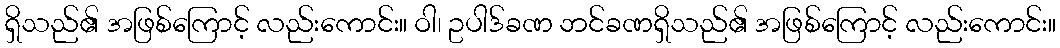
ရှိသည်၏ အဖြစ်ကြောင့် လည်းကောင်း။ ဝါ၊ ဥပါဒ်ခဏ ဘင်ခဏရှိသည်၏ အဖြစ်ကြောင့် လည်းကောင်း။